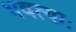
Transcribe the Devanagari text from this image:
भवत्याः